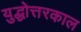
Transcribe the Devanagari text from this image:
युद्धोत्तरकाल